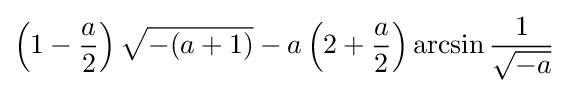
\left(1-{\frac {a}{2}}\right){\sqrt {-(a+1)}}-a\left(2+{\frac {a}{2}}\right)\arcsin {\frac {1}{\sqrt {-a}}}